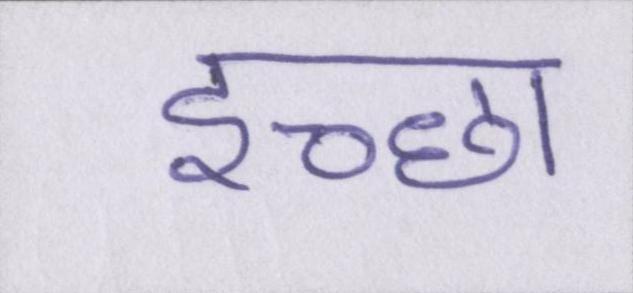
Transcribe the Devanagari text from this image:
इच्छा